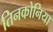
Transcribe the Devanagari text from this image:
तिनकोनिया